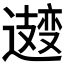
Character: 𫑆